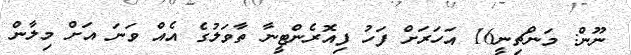
ނޫން: މަންޗިނީ16 އަހަރަށް ފަހު ފިއޮރެންޓީނާ ތާވަލުގެ އެއް ވަނަ އަށް މިލާން